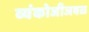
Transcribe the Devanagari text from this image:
व्यंकोजीजवळ